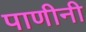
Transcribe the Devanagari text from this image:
पाणीनी